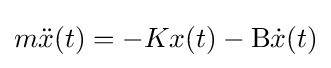
m{\ddot {x}}(t)=-Kx(t)-\mathrm {B} {\dot {x}}(t)